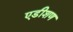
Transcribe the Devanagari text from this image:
एडीशण